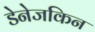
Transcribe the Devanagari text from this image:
डेनेजकिन